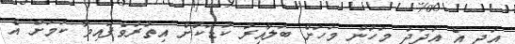
އަދި އެ އަދަދު މަހުން މަހަށް ބަލާއިރު ކުޑަކޮށް އިތުރުވެފައިވާ ކަމަށް އެ